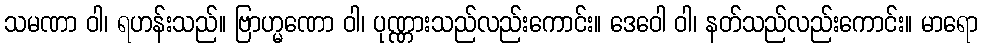
သမဏာ ဝါ၊ ရဟန်းသည်။ ဗြာဟ္မဏော ဝါ၊ ပုဏ္ဏားသည်လည်းကောင်း။ ဒေဝေါ ဝါ၊ နတ်သည်လည်းကောင်း။ မာရော